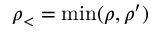
\rho _ { < } = \operatorname* { m i n } ( \rho , \rho ^ { \prime } )